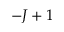
- J + 1